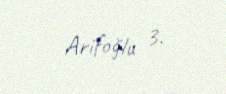
Arifoğlu 3.